Leaving Certificate Examination (including Day School Certificate (Higher) General paper), 1930
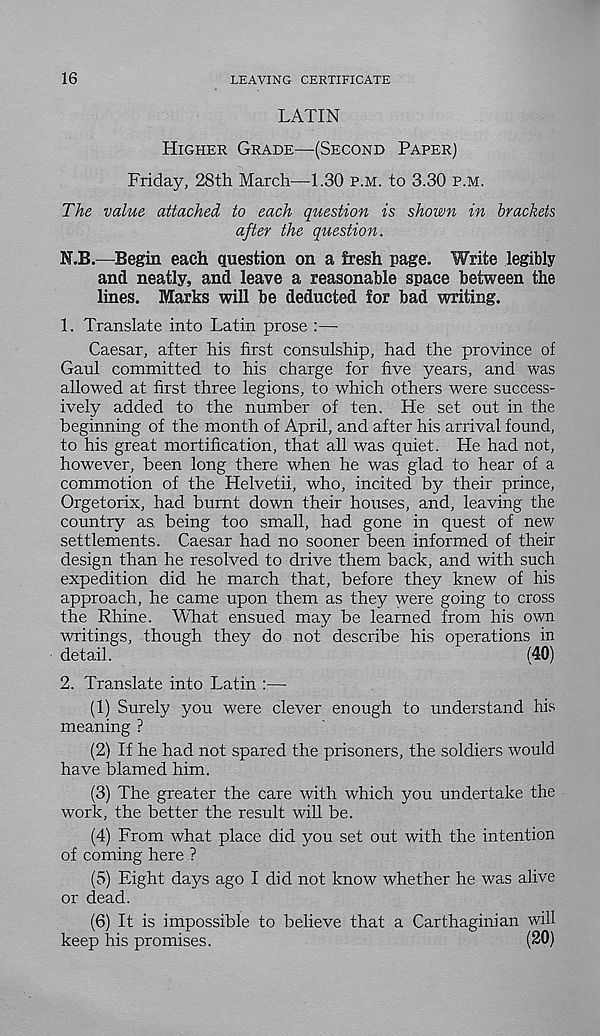
16
LEAVING CERTIFICATE
LATIN
HIGHER GRADE—(SECOND PAPER)
Friday, 28th March—1.30 P.M. to 3.30 P.M.
The value attached to each question is shown in brackets
after the question.
N.B.—Begin each question on a fresh page. Write legibly
and neatly, and leave a reasonable space between the
lines. Marks will be deducted for bad writing.
1. Translate into Latin prose :—-
Caesar, after his first consulship, had the province of
Gaul committed to his charge for five years, and was
allowed at first three legions, to which others were success-
ively added to the number of ten. He set out in the
beginning of the month of April, and after his arrival found,
to his great mortification, that all was quiet. He had not,
however, been long there when he was glad to hear of a
commotion of the Helvetii, who, incited by their prince,
Orgetorix, had burnt down their houses, and, leaving the
country as being too small, had gone in quest of new
settlements. Caesar had no sooner been informed of their
design than he resolved to drive them back, and with such
expedition did he march that, before they knew of his
approach, he came upon them as they were going to cross
the Rhine. What ensued may be learned from his own
writings, though they do not describe his operations in
detail.
(40)
2. Translate into Latin :—
(1) Surely you were clever enough to understand his
meaning ?
(2) If he had not spared the prisoners, the soldiers would
have blamed him.
(3) The greater the care with which you undertake the
work, the better the result will be.
(4) From what place did you set out with the intention
of coming here ?
(5) Eight days ago I did not know whether he was alive
or dead.
(6) It is impossible to believe that a Carthaginian will
keep his promises.
(20)